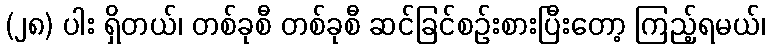
(၂၈) ပါး ရှိတယ်၊ တစ်ခုစီ တစ်ခုစီ ဆင်ခြင်စဉ်းစားပြီးတော့ ကြည့်ရမယ်၊